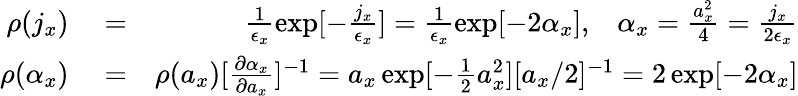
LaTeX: \begin{array}{rlr}{\rho(j_{x})}&{{}=}&{\frac{1}{\epsilon_{x}}\exp[-\frac{j_{x}}{\epsilon_{x}}]=\frac{1}{\epsilon_{x}}\exp[-2\alpha_{x}],\; \; \; \alpha_{x}=\frac{a_{x}^{2}}{4}=\frac{j_{x}}{2\epsilon_{x}}}\\ {\rho(\alpha_{x})}&{{}=}&{\rho(a_{x})[\frac{\partial\alpha_{x}}{\partial a_{x}}]^{-1}=a_{x}\exp[-\frac{1}{2}a_{x}^{2}][a_{x}/2]^{-1}=2\exp[-2\alpha_{x}]}\end{array}